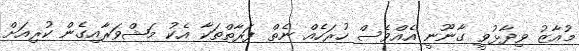
މުއާޒު ވިދާޅުވީ ގާނޫނީ އެއްވެސް ހުރަހެއް ނެތް ފަރާތްތަކާ އެކު މަޝްވަރާއިގެން ކުރިއަށް